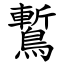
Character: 䳻